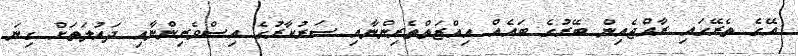
އޭގެ ތެރޭގައި ރާއްޖެއިން ބޭރުގެ ބައެއް އިއްޒަތްތެރިންނާއި ސަރުކާރުގެ އިސްވެރިންނާއި ދައުލަތަށް ގިނަ